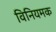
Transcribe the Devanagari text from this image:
विनियमक